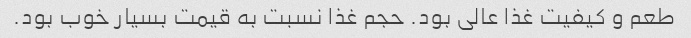
طعم و کیفیت غذا عالی بود. حجم غذا نسبت به قیمت بسیار خوب بود.